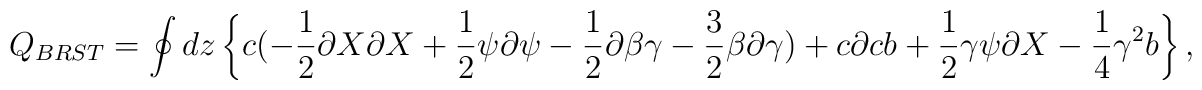
Q_{BRST}=\oint dz  \left\{c( -{1\over 2} \partial X\partial X  +{1\over 2}\psi\partial \psi -{1\over 2} \partial \beta \gamma  -{3\over 2} \beta \partial\gamma)+c\partial c b+ {1\over 2} \gamma  \psi\partial X -{1\over 4} \gamma^2b\right\},